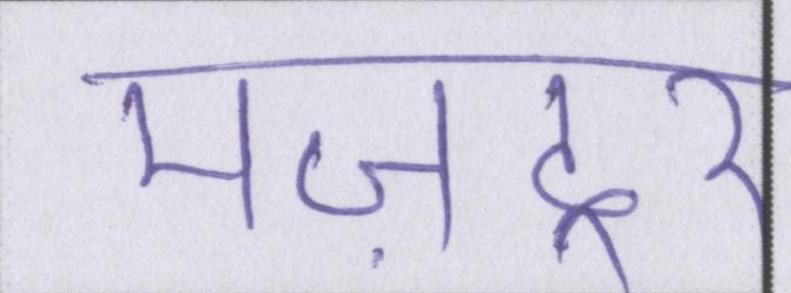
मज़दूर